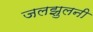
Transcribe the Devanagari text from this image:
जलझुलनी